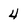
Character: 4